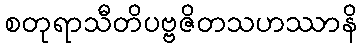
စတုရာသီတိပဗ္ဗဇိတသဟဿာနိ